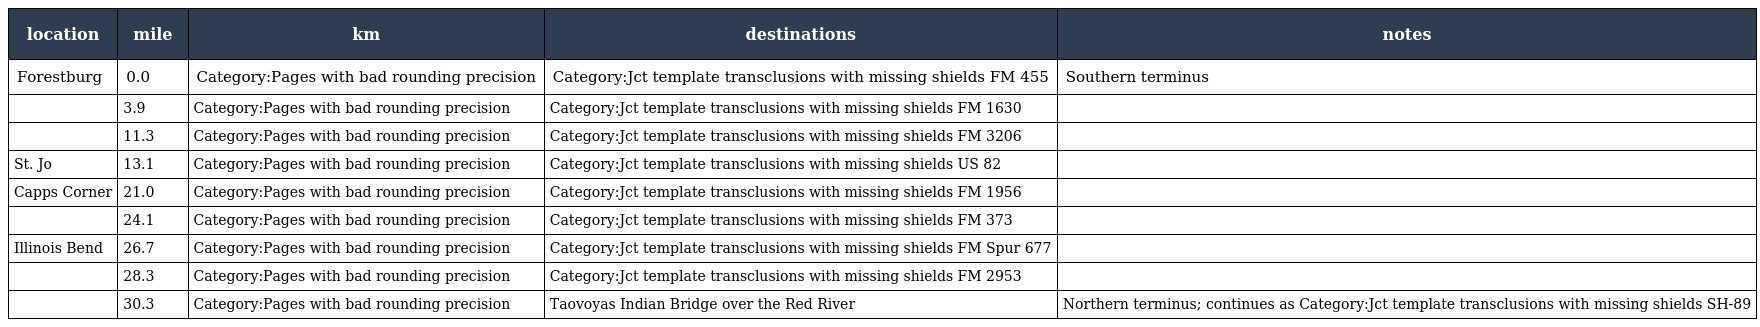
| location | mile | km | destinations | notes |
 | --- | --- | --- | --- | --- |
 | Forestburg | 0.0 | Category:Pages with bad rounding precision | Category:Jct template transclusions with missing shields FM 455 | Southern terminus |
 |  | 3.9 | Category:Pages with bad rounding precision | Category:Jct template transclusions with missing shields FM 1630 |  |
 |  | 11.3 | Category:Pages with bad rounding precision | Category:Jct template transclusions with missing shields FM 3206 |  |
 | St. Jo | 13.1 | Category:Pages with bad rounding precision | Category:Jct template transclusions with missing shields US 82 |  |
 | Capps Corner | 21.0 | Category:Pages with bad rounding precision | Category:Jct template transclusions with missing shields FM 1956 |  |
 |  | 24.1 | Category:Pages with bad rounding precision | Category:Jct template transclusions with missing shields FM 373 |  |
 | Illinois Bend | 26.7 | Category:Pages with bad rounding precision | Category:Jct template transclusions with missing shields FM Spur 677 |  |
 |  | 28.3 | Category:Pages with bad rounding precision | Category:Jct template transclusions with missing shields FM 2953 |  |
 |  | 30.3 | Category:Pages with bad rounding precision | Taovoyas Indian Bridge over the Red River | Northern terminus; continues as Category:Jct template transclusions with missing shields SH-89 |